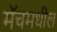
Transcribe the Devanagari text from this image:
मॅचमधील